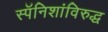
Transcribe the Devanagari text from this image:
स्पॅनिशांविरुद्ध